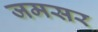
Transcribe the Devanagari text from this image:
जमसर